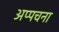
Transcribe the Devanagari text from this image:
अप्पचना